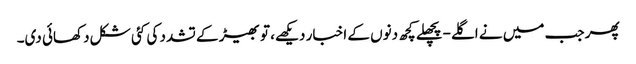
پھر جب میں نے اگلے-پچھلے کچھ دنوں کے اخبار دیکھے، تو بھیڑ کے تشدد کی کئی شکل دکھائی دی۔